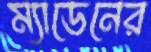
ম্যাডেনের